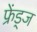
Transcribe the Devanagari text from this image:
फ्रेंड्ज